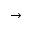
\rightarrow